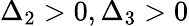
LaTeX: \Delta_{2}>0,\Delta_{3}>0